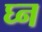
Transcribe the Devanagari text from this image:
घ्न